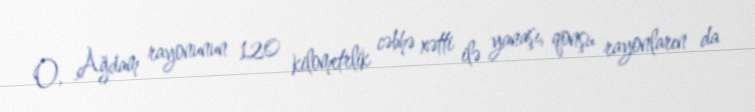
O, Ağdam rayonunun 120 kilometrlik cəbhə xətti ilə yanaşı, qonşu rayonların da